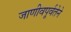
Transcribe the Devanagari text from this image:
जाणीवपूर्वतेने